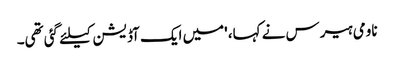
ناومی ہیرس نے کہا، 'میں ایک آڈیشن کیلئے گئی تھی۔